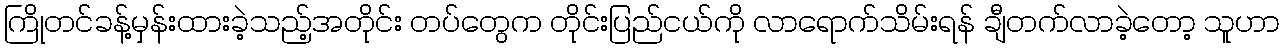
ကြိုတင်ခန့်မှန်းထားခဲ့သည့်အတိုင်း တပ်တွေက တိုင်းပြည်ငယ်ကို လာရောက်သိမ်းရန် ချီတက်လာခဲ့တော့ သူဟာ